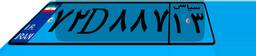
۱۷D۲۸۶۷۴